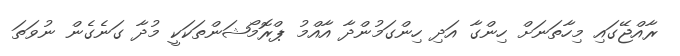
ރާއްޖޭގައި މިހާތަނަށް ހިންގާ އަދި ހިންގަމުންދާ އާއްމު ޕްރޮމޯޝަންތަކަކީ މުދާ ގަނެގެން ނުވަތަ